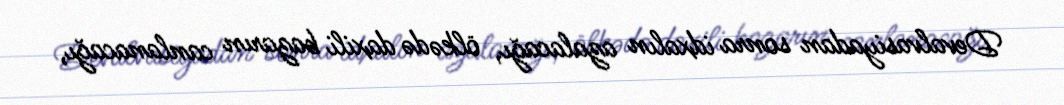
Devalvasiyadan sonra idxalın azalacağı, ölkədə daxili bazarın canlanacağı,